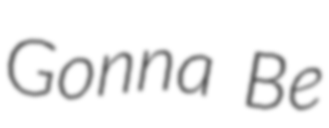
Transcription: Gonna Be